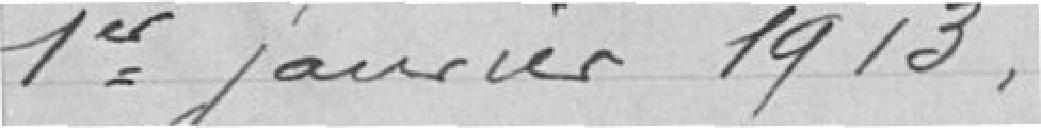
1er janvier 1913.